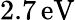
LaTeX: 2.7\, \mathrm{eV}